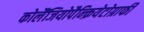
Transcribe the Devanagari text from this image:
कोलैंजियोपैन्क्रियेटोग्राफी